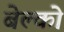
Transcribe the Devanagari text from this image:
बेल्को